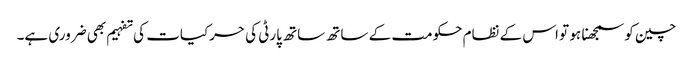
چین کو سمجھنا ہو تو اس کے نظام حکومت کے ساتھ ساتھ پارٹی کی حرکیات کی تفہیم بھی ضروری ہے۔